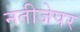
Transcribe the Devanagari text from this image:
नतीजेपर